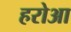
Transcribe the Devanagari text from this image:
हरोआ